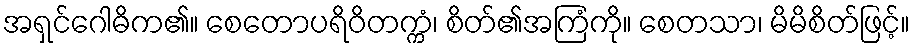
အရှင်ဂေါဓိက၏။ စေတောပရိဝိတက္ကံ၊ စိတ်၏အကြံကို။ စေတသာ၊ မိမိစိတ်ဖြင့်။